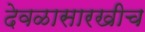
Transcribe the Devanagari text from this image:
देवळासारखीच